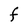
Character: F